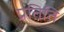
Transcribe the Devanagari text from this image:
प्रतिति